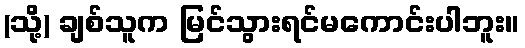
(သို့) ချစ်သူက မြင်သွားရင်မကောင်းပါဘူး။